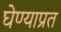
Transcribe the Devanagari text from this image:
घेण्याप्रत